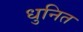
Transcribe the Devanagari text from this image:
धुनित